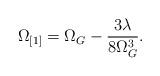
LaTeX: \begin{align*}\Omega_{[1]} = \Omega_G - \frac{3 \lambda}{8 \Omega_G^3}.\end{align*}